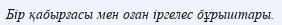
Бір қабырғасы мен оған іргелес бұрыштары.